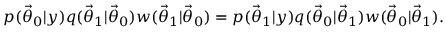
p ( \ensuremath { \vec { \theta } } _ { 0 } | y ) q ( \ensuremath { \vec { \theta } } _ { 1 } | \ensuremath { \vec { \theta } } _ { 0 } ) w ( \ensuremath { \vec { \theta } } _ { 1 } | \ensuremath { \vec { \theta } } _ { 0 } ) = p ( \ensuremath { \vec { \theta } } _ { 1 } | y ) q ( \ensuremath { \vec { \theta } } _ { 0 } | \ensuremath { \vec { \theta } } _ { 1 } ) w ( \ensuremath { \vec { \theta } } _ { 0 } | \ensuremath { \vec { \theta } } _ { 1 } ) .